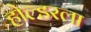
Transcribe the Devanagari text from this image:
होल्डरला